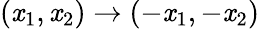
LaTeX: (\mathit{x}_{1},\mathit{x}_{2})\to(-\mathit{x}_{1},-\mathit{x}_{2})